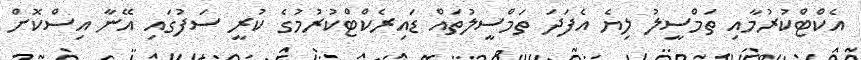
އެކްޓްކުރުމާއި ތަމްސީލު ލިޔެ އެފަދަ ތަމްސީލުތައް ޑައިރެކްޓްކުރުމުގެ ކުރީ ސަފުގައި އޭނާ އިސްކޮށް